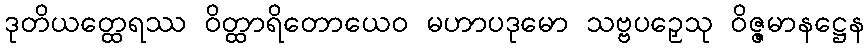
ဒုတိယတ္ထေရဿ ဝိတ္ထာရိတောယေဝ မဟာပဒုမော သဗ္ဗပဉှေသု ဝိဇ္ဇမာနဋ္ဌေန